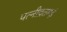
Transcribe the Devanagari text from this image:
पत्नीव्रतमहं